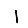
Digit: 1